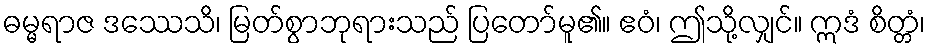
ဓမ္မရာဇ ဒဿေသိ၊ မြတ်စွာဘုရားသည် ပြတော်မူ၏။ ဧဝံ၊ ဤသို့လျှင်။ ဣဒံ စိတ္တံ၊